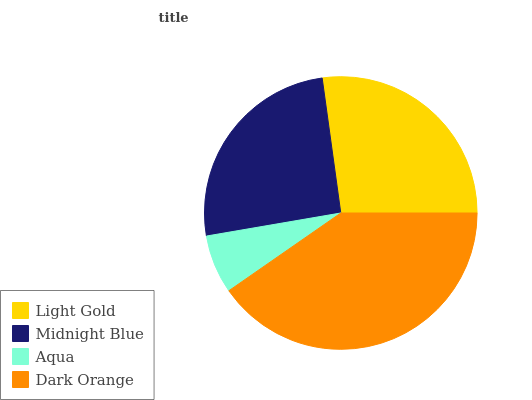
| Light Gold | Midnight Blue | Aqua | Dark Orange |
 | --- | --- | --- | --- |
 | 27.2% | 25.5% | 6.98% | 40.3% |